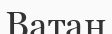
Ватан